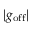
| g _ { \mathrm { o f f } } |